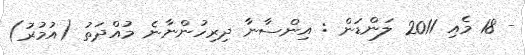
- 18 މެއި 2011 ލަންޑަން : އިންސާނާ ދިރިހުންނާނެ މުއްދަތު (އުމުރު)